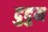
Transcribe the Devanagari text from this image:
दुदुम